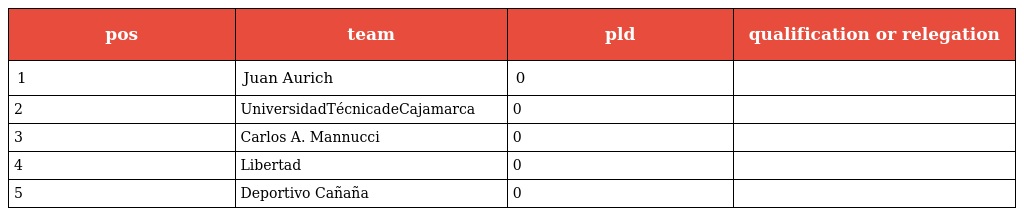
| pos | team | pld | qualification or relegation |
 | --- | --- | --- | --- |
 | 1 | Juan Aurich | 0 |  |
 | 2 | UniversidadTécnicadeCajamarca | 0 |  |
 | 3 | Carlos A. Mannucci | 0 |  |
 | 4 | Libertad | 0 |  |
 | 5 | Deportivo Cañaña | 0 |  |